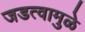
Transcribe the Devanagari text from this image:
जडत्वामुळे